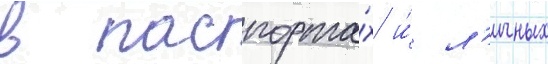
в паспорта́х и́ л'ичных